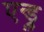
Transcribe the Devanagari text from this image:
एन्ड्रु